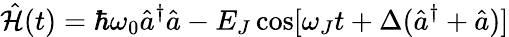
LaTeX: \hat{\mathcal{H}}(t)=\hbar\omega_{0}\hat{a}^{\dagger}\hat{a}-E_{J}\cos[\omega_{J}t+\Delta(\hat{a}^{\dagger}+\hat{a})]